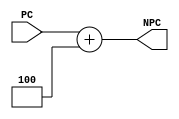
`timescale 1ns / 1ps
//////////////////////////////////////////////////////////////////////////////////
// Company: 
// Engineer: 
// 
// Design Name: 
// Module Name:    PCADD 
// Project Name: 
// Target Devices: 
// Tool versions: 
// Description: 
//
// Dependencies: 
//
// Revision: 
// Revision 0.01 - File Created
// Additional Comments: 
//
//////////////////////////////////////////////////////////////////////////////////
module PCADD(PC,NPC);
	input [31:0] PC;
	output [31:0] NPC;
	assign NPC=PC+32'b0000_0000_0000_0000_0000_0000_0000_0100;
endmodule